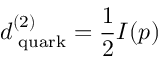
d _ { \mathrm { \scriptsize ~ q u a r k } } ^ { ( 2 ) } = \frac 1 2 I ( p )